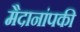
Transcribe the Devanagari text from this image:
मैदानांपकी